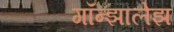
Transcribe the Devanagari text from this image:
गॉन्झालेझ